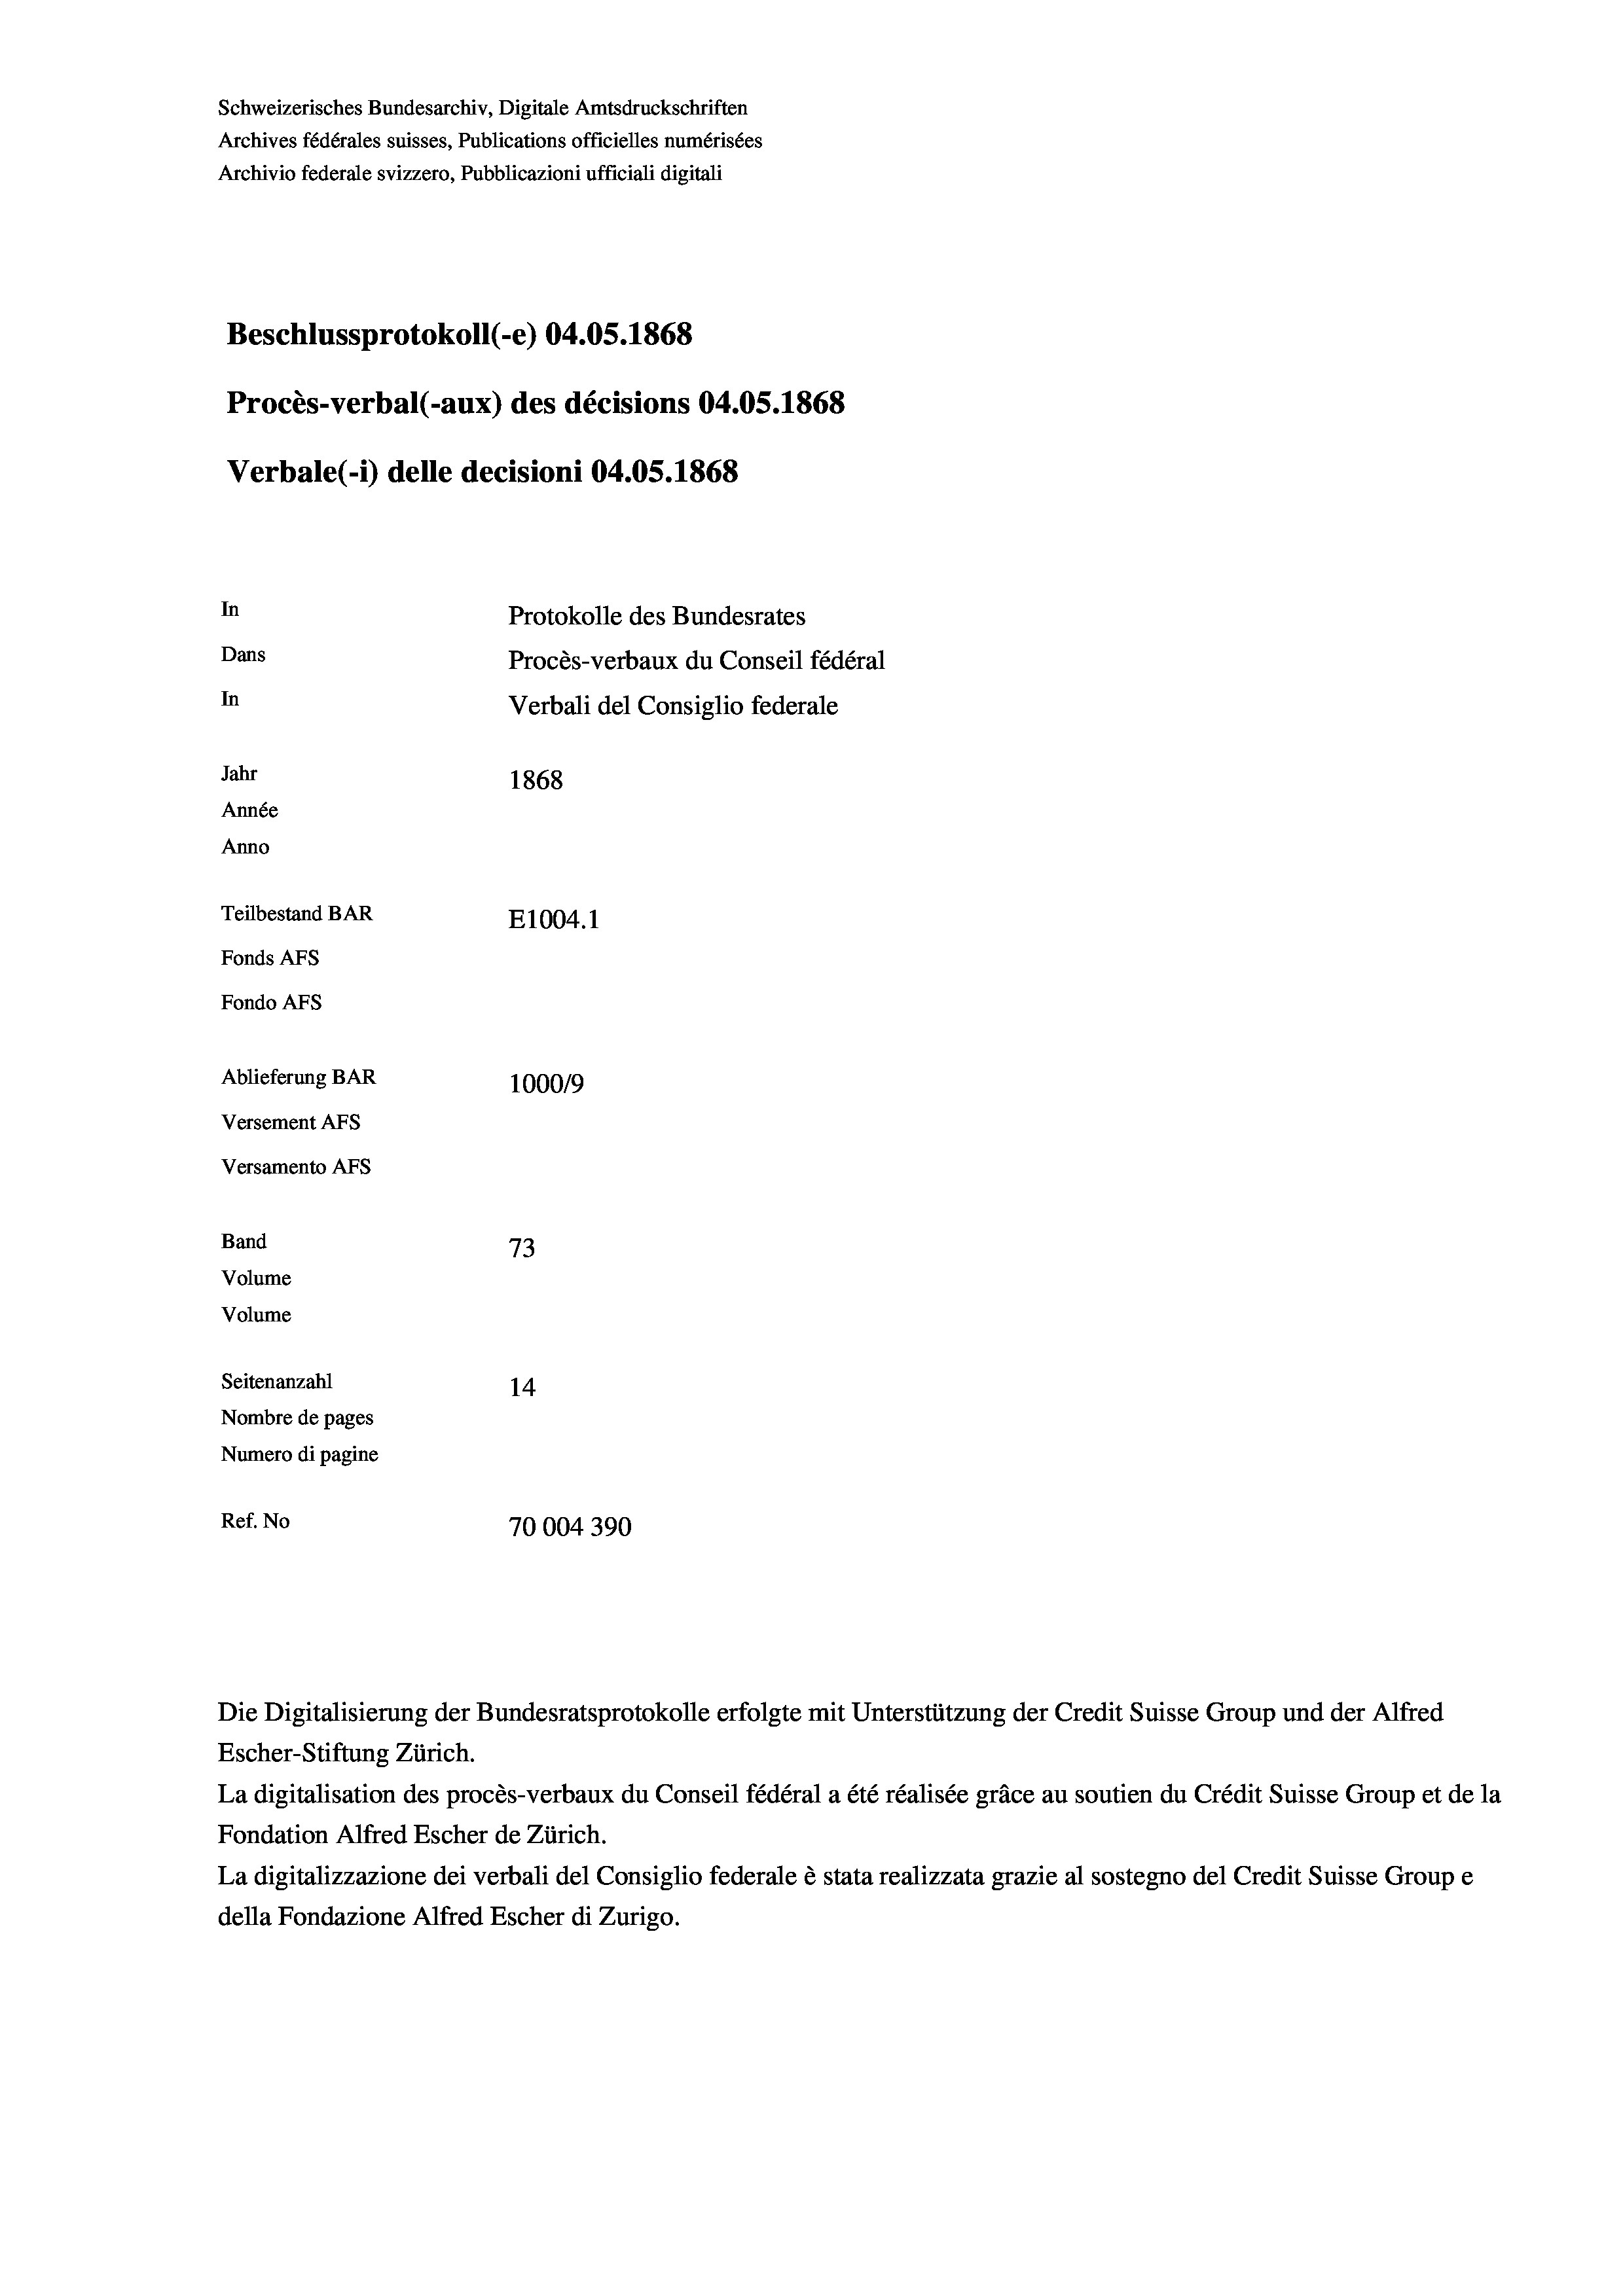
Schweizerisches Bundesarchiv, Digitale Amtsdruckschriften
Archives fédérales suisses, Publications officielles numérisées
Archivio federale svizzero, Pubblicazioni ufficiali digitali
Beschlussprotokoll (-e) 04.05. 1868
Procès-verbal (-aux) des décisions 04.OS.1868
Verbale (i) delle decisioni 04.05. 1868
In
Protokolle des Bundesrates
Dans
Procès-verbaux du Conseil fédéral
In
Verbali del Consiglio federale
Jahr
1868
Année
Anno
Teilbestand BAR
E1004. 1
Fonds AFs
Fondo AFs
Ablieferung BAR
1000/9
Versement Abs
Versamento Afs
Band
73
Volume
Volume
Seitenanzahl
14
Nombre de pages
Numero di pagine
Ref. No
70004390

Escher-Stiftung Zürich.
La digitalisation des procès-verbaux du Conseil fédéral a été réalisée gräce au soutien du Crédit Suisse Group et de la
Fondation Alfred Escher de Zürich.
La digitalizzazione dei verbali del Consiglio federale è stata realizzata grazie al sostegno del Credit Suisse Groupe
della Fondazione Alfred Escher di Zurigo.

Die Digitalisierung der Bundesratsprotokolle erfolgte mit Unterstützung der Credit Suisse Group und der Alfred